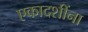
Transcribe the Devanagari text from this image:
एकादशींना